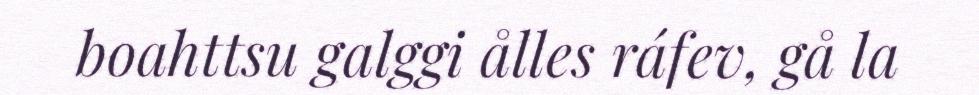
boahttsu galggi ålles ráfev, gå la